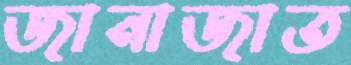
জানাজাত